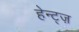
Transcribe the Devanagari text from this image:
हेन्ट्ज़